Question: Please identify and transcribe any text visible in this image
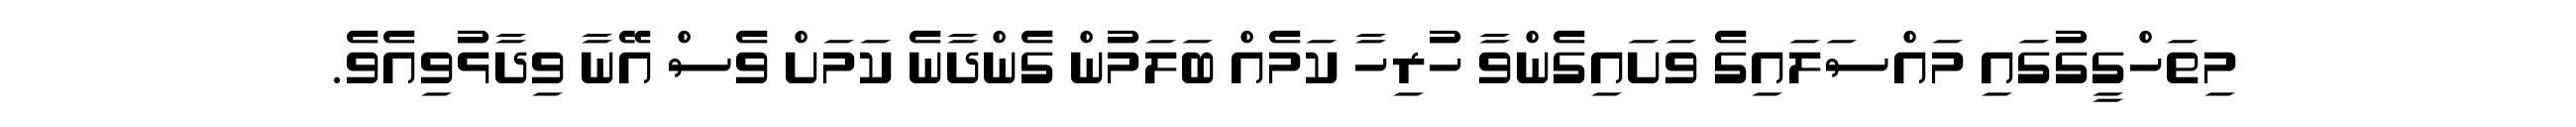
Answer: މިތަހްގީގުގައި މައްސަލައިގެ ވަށައިގެންވާ ހުރިހާ ކަމެއް ބަލަމުން ގެންދާނެ ކަމަށް ވެސް އޭނާ ވިދާޅުވިއެވެ.